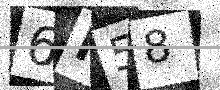
Text: 6R58